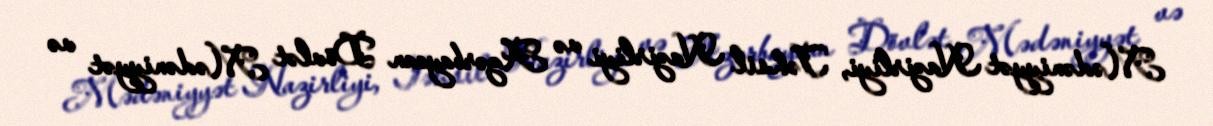
Mədəniyyət Nazirliyi, Təhsil Nazirliyi və Azərbaycan Dövlət Mədəniyyət və